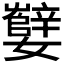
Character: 𫲕